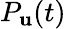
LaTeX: P_{\mathbf{u}}(t)